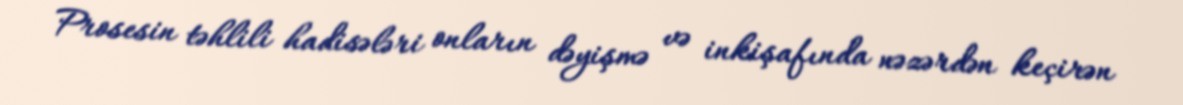
Prosesin təhlili hadisələri onların dəyişmə və inkişafında nəzərdən keçirən